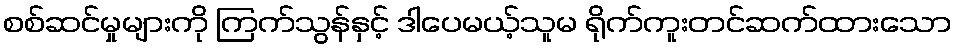
စစ်ဆင်မှုများကို ကြက်သွန်နှင့် ဒါပေမယ့်သူမ ရိုက်ကူးတင်ဆက်ထားသော